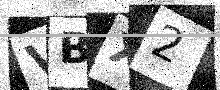
Text: VBX2